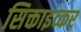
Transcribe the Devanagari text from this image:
सिक्ताइव्कर